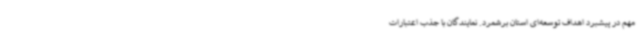
مهم در پیشبرد اهداف توسعه‌ای استان برشمرد. نمایندگان با جذب اعتبارات